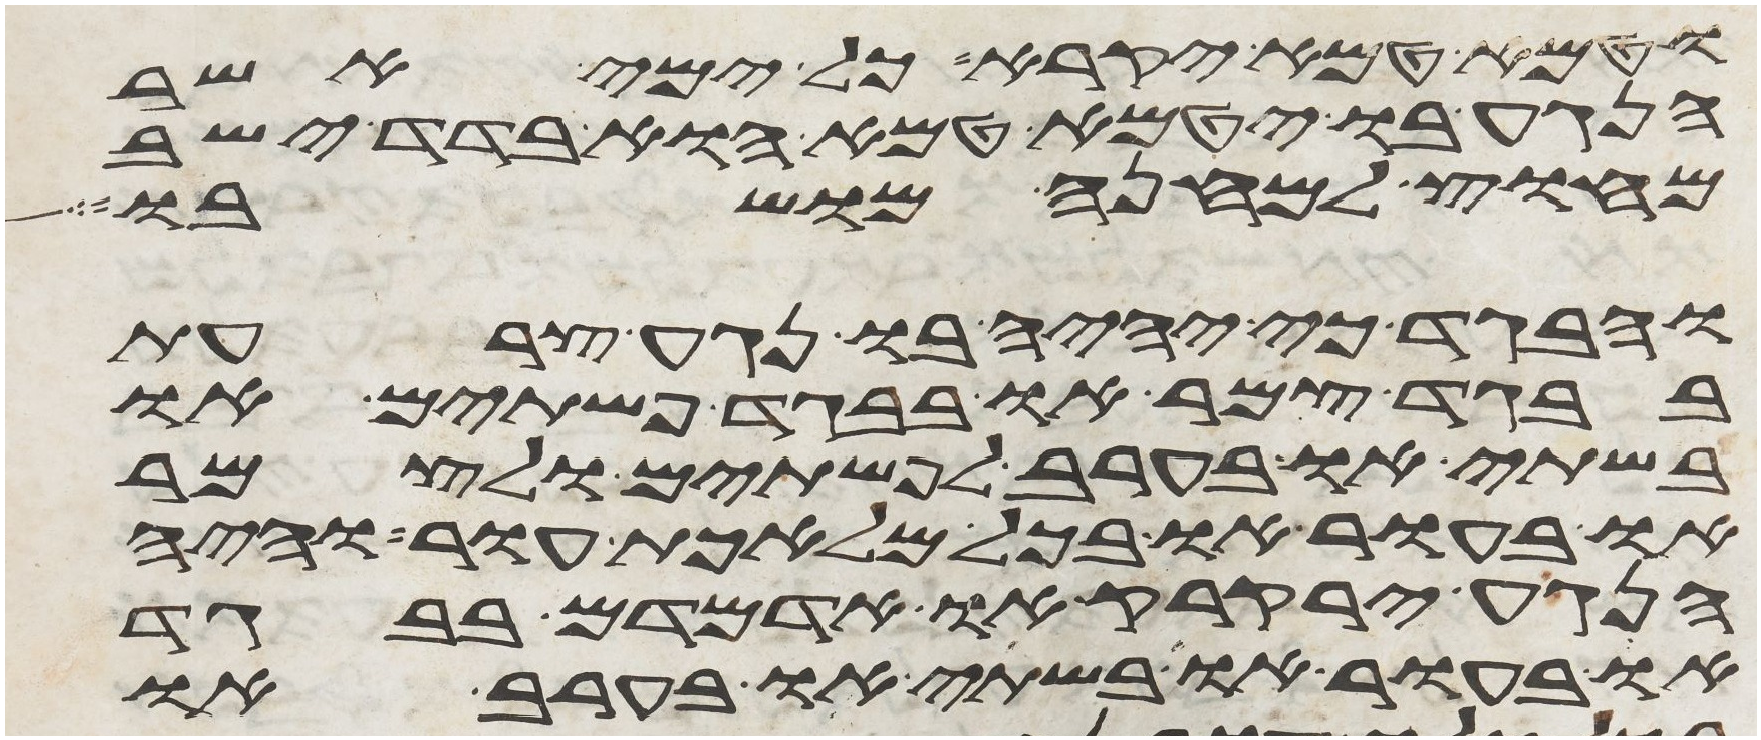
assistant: וטמא טמא יקרא כל ימי אשר
הנגע בו יטמא טמא הוא בדד ישב
מחוץ למחנה מושבו
והבגד כי יהיה בו נגע צרעת
בבגד צמר או בבגד פשתים או
בשתי או בערב לפשתים ולצמר
או בעור או בכל מלאכת עור והיה
הנגע ירקרק או אדמדם בבגד
או בעור או בשתי או בערב או